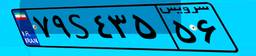
۵۴S۴۲۱۹۷